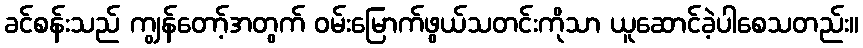
ခင်စန်းသည် ကျွန်တော့်အတွက် ဝမ်းမြောက်ဖွယ်သတင်းကိုသာ ယူဆောင်ခဲ့ပါစေသတည်း။